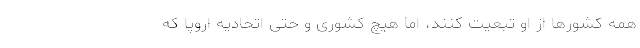
همه کشورها از او تبعیت کنند، اما هیچ کشوری و حتی اتحادیه اروپا که